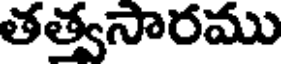
తత్వసారము